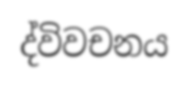
ද්විවචනය